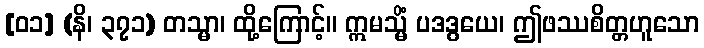
[၀၁] (နိ၊ ၃၇၁) တသ္မာ၊ ထို့ကြောင့်။ ဣမသ္မိံ ပဒဒွယေ၊ ဤဖဿစိတ္တဟူသော